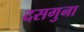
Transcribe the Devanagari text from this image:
दसगुना